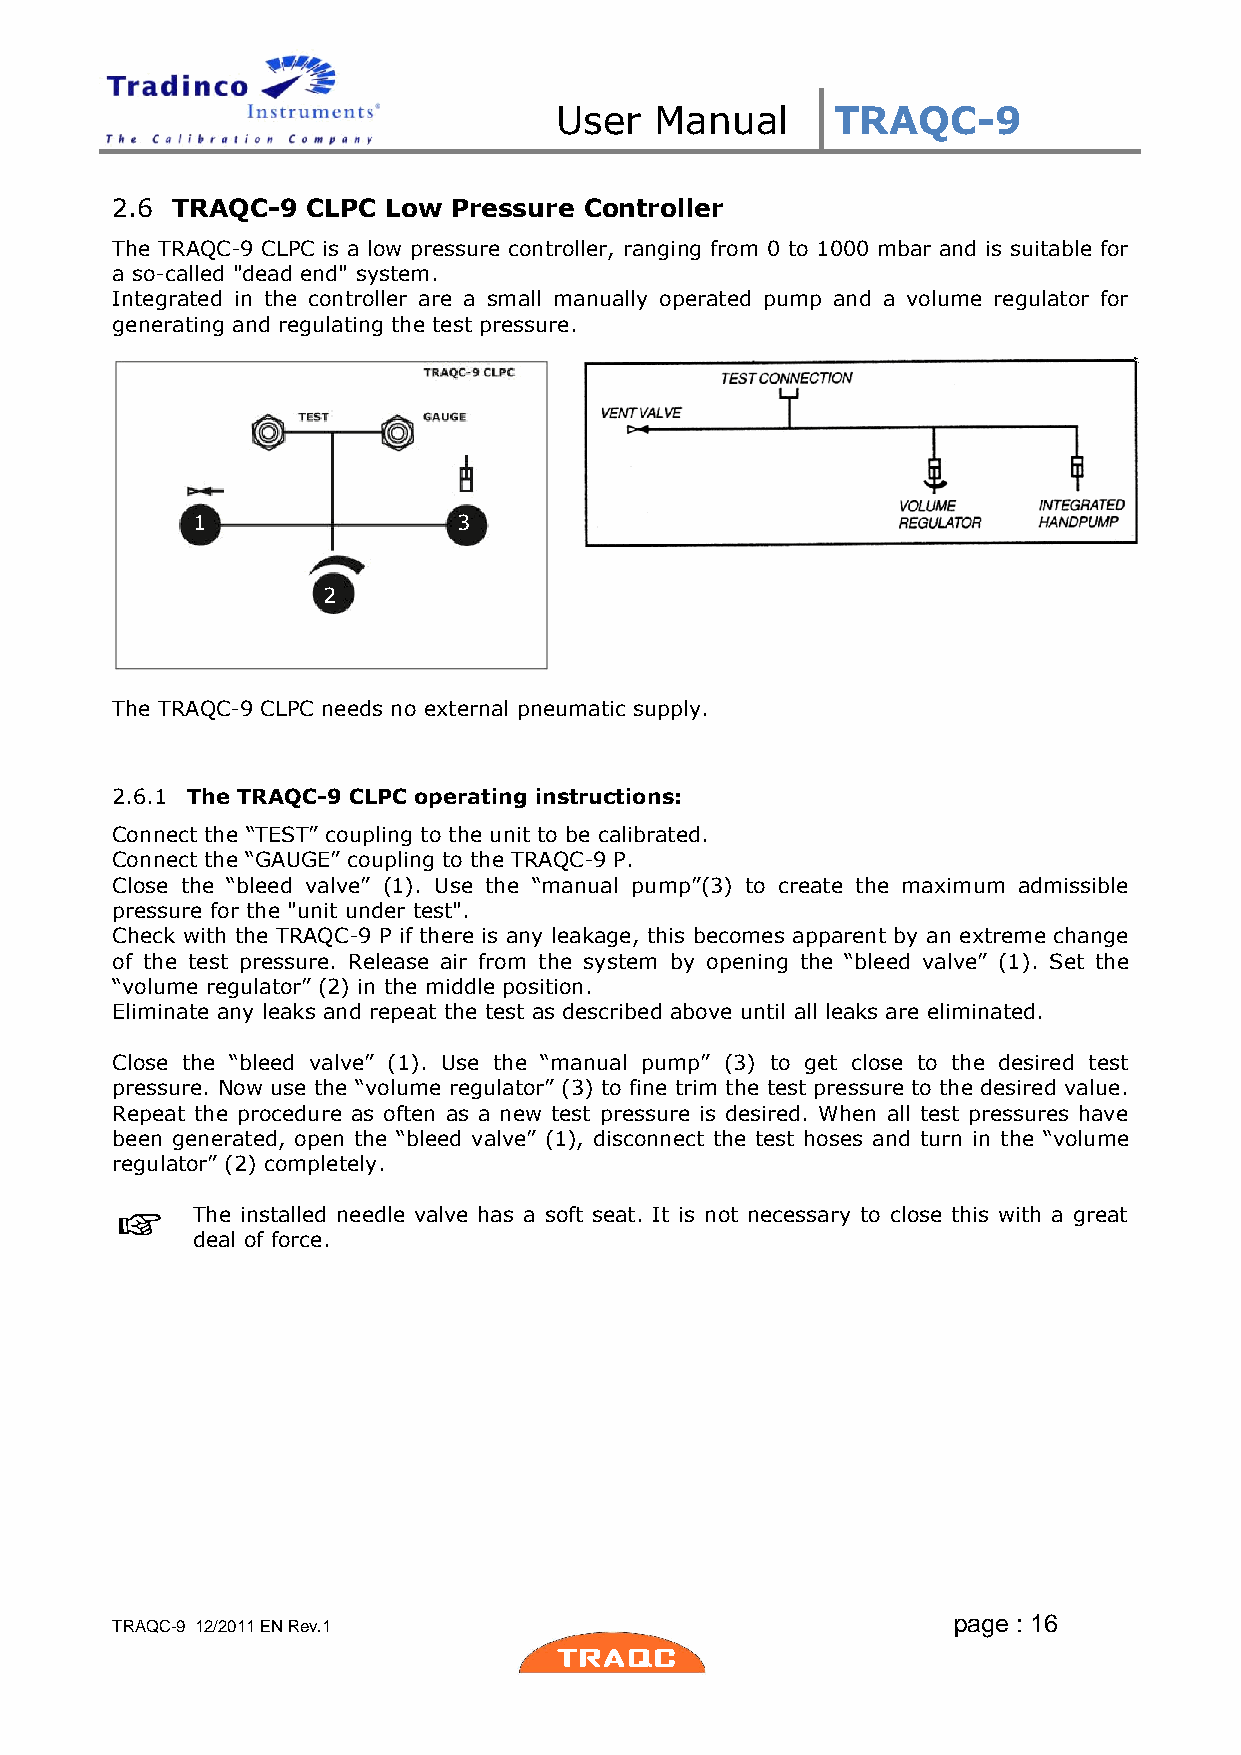
User  Manual      TRAQC-9
 2.6 TRAQC-9  CLPC Low  Pressure Controller
 The TRAQC-9 CLPC is a low pressure controller, ranging from 0 to 1000 mbar and is suitable for
 a so-called "dead end" system.
 Integrated in the controller are a small manually operated pump and a volume regulator for
 generating and regulating the test pressure.
 1                3
 2
 The TRAQC-9 CLPC needs no external pneumatic supply.
 2.6.1 The TRAQC-9 CLPC operating instructions:
 Connect the “TEST” coupling to the unit to be calibrated.
 Connect the “GAUGE” coupling to the TRAQC-9 P.
 Close the “bleed valve” (1). Use the “manual pump”(3) to create the maximum admissible
 pressure for the "unit under test".
 Check with the TRAQC-9 P if there is any leakage, this becomes apparent by an extreme change
 of the test pressure. Release air from the system by opening the “bleed valve” (1). Set the
 “volume regulator” (2) in the middle position.
 Eliminate any leaks and repeat the test as described above until all leaks are eliminated.
 Close the “bleed valve” (1). Use the “manual pump” (3) to get close to the desired test
 pressure. Now use the “volume regulator” (3) to fine trim the test pressure to the desired value.
 Repeat the procedure as often as a new test pressure is desired. When all test pressures have
 been generated, open the “bleed valve” (1), disconnect the test hoses and turn in the “volume
 regulator” (2) completely.
 The installed needle valve has a soft seat. It is not necessary to close this with a great
 deal of force.
 page : 16
 TRAQC-9 12/2011 EN Rev.1